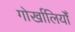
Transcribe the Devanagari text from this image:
गोर्खालियोँ